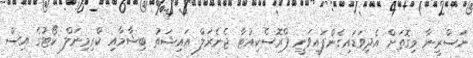
ނަސްރީނާ މިގޮތަށް އެދިވަޑައިގެންފައިވަނީ ޕްރޮސެކިއުޓާ ޖެނެރަލް އައިޝަތު ބިޝާމާއި ކްރިމިނަލް ކޯޓުގެ އިސް